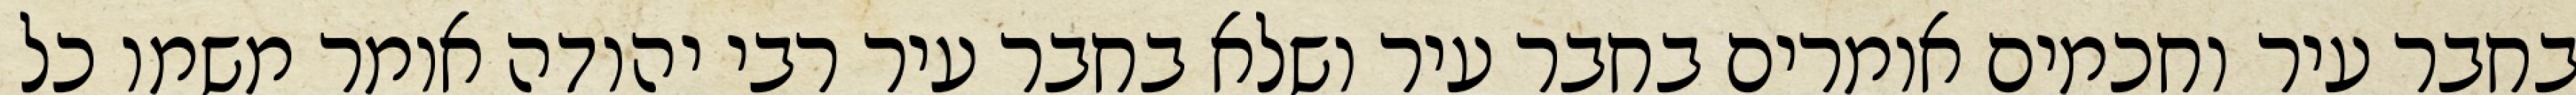
בחבר עיר וחכמים אומרים בחבר עיר ושלא בחבר עיר רבי יהודה אומר משמו כל